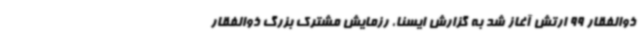
ذوالفقار 99 ارتش آغاز شد به گزارش ایسنا، رزمایش مشترک بزرگ ذوالفقار